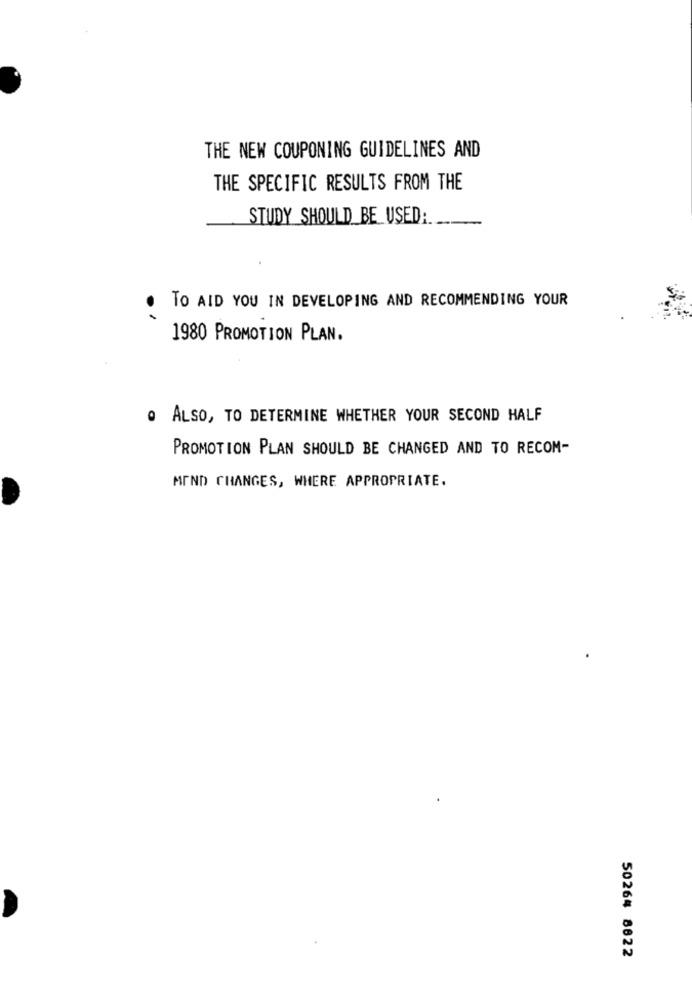
THE NEW COUPONING GUIDELINES AND
THE SPECIFIC RESULTS FROM THE
STUDY SHOULD BE USED:
TO AID YOU IN DEVELOPING AND RECOMMENDING YOUR
1980 PROMOTION PLAN.
. ALSO, TO DETERMINE WHETHER YOUR SECOND HALF
PROMOTION PLAN SHOULD BE CHANGED AND TO RECOM-
MIND CHANGES, WHERE APPROPRIATE.
50264 8822